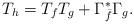
LaTeX: \begin{align*}T_{h}=T_{f}T_{g}+{\Gamma^{*}_{\bar{f}}}{\Gamma_{g}}.\end{align*}